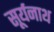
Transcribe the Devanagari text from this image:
सूर्यनाथ